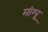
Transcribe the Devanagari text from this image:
मांग्पू